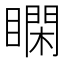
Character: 𥊺